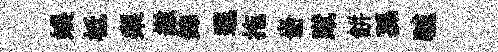
娱柢梨繳錦邐拖嗇蹴餅孫驢